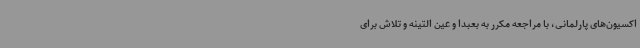
اکسیون‌های پارلمانی، با مراجعه مکرر به بعبدا و عین التینه و تلاش برای